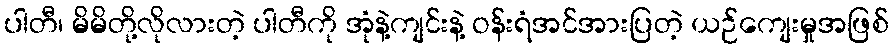
ပါတီ၊ မိမိတို့လိုလားတဲ့ ပါတီကို အုံနဲ့ကျင်းနဲ့ ဝန်းရံအင်အားပြတဲ့ ယဉ်ကျေးမှုအဖြစ်